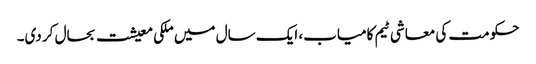
حکومت کی معاشی ٹیم کامیاب، ایک سال میں ملکی معیشت بحال کر دی۔